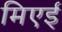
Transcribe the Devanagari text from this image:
मिएई